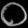
Digit: ၀